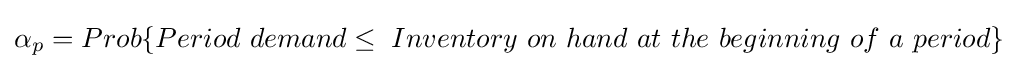
\alpha _{p}=Prob\{Period~demand\leq \;{Inventory~on~hand~at~the~beginning~of~a~period}\}